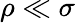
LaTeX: \rho\ll\sigma